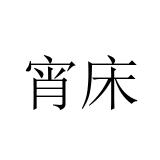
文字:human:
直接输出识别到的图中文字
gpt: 宵床